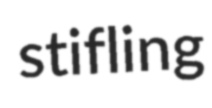
stifling